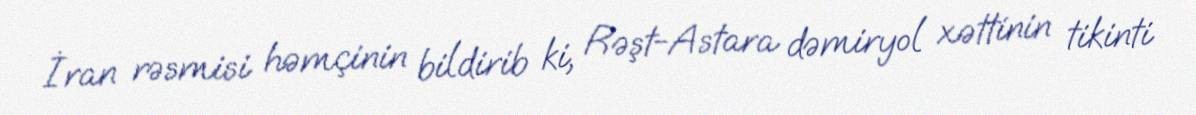
İran rəsmisi həmçinin bildirib ki, Rəşt-Astara dəmiryol xəttinin tikinti